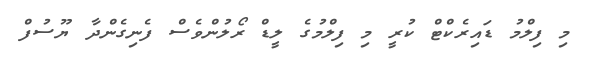
މި ފިލްމު ޑައިރެކްޓް ކުރީ މި ފިލްމުގެ ލީޑް ރޯލުންވެސް ފެނިގެންދާ ޔޫސުފް